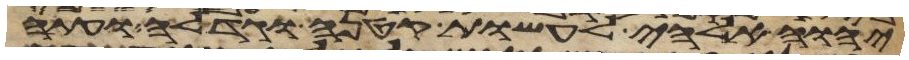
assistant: יהוה אלהי לעשות קטנה או גדלה ועתה